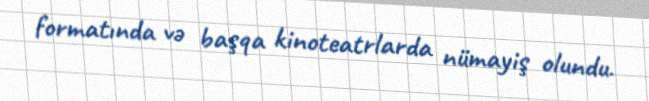
formatında və başqa kinoteatrlarda nümayiş olundu.